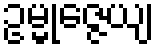
ဥမ္မုဇ္ဇေယျ